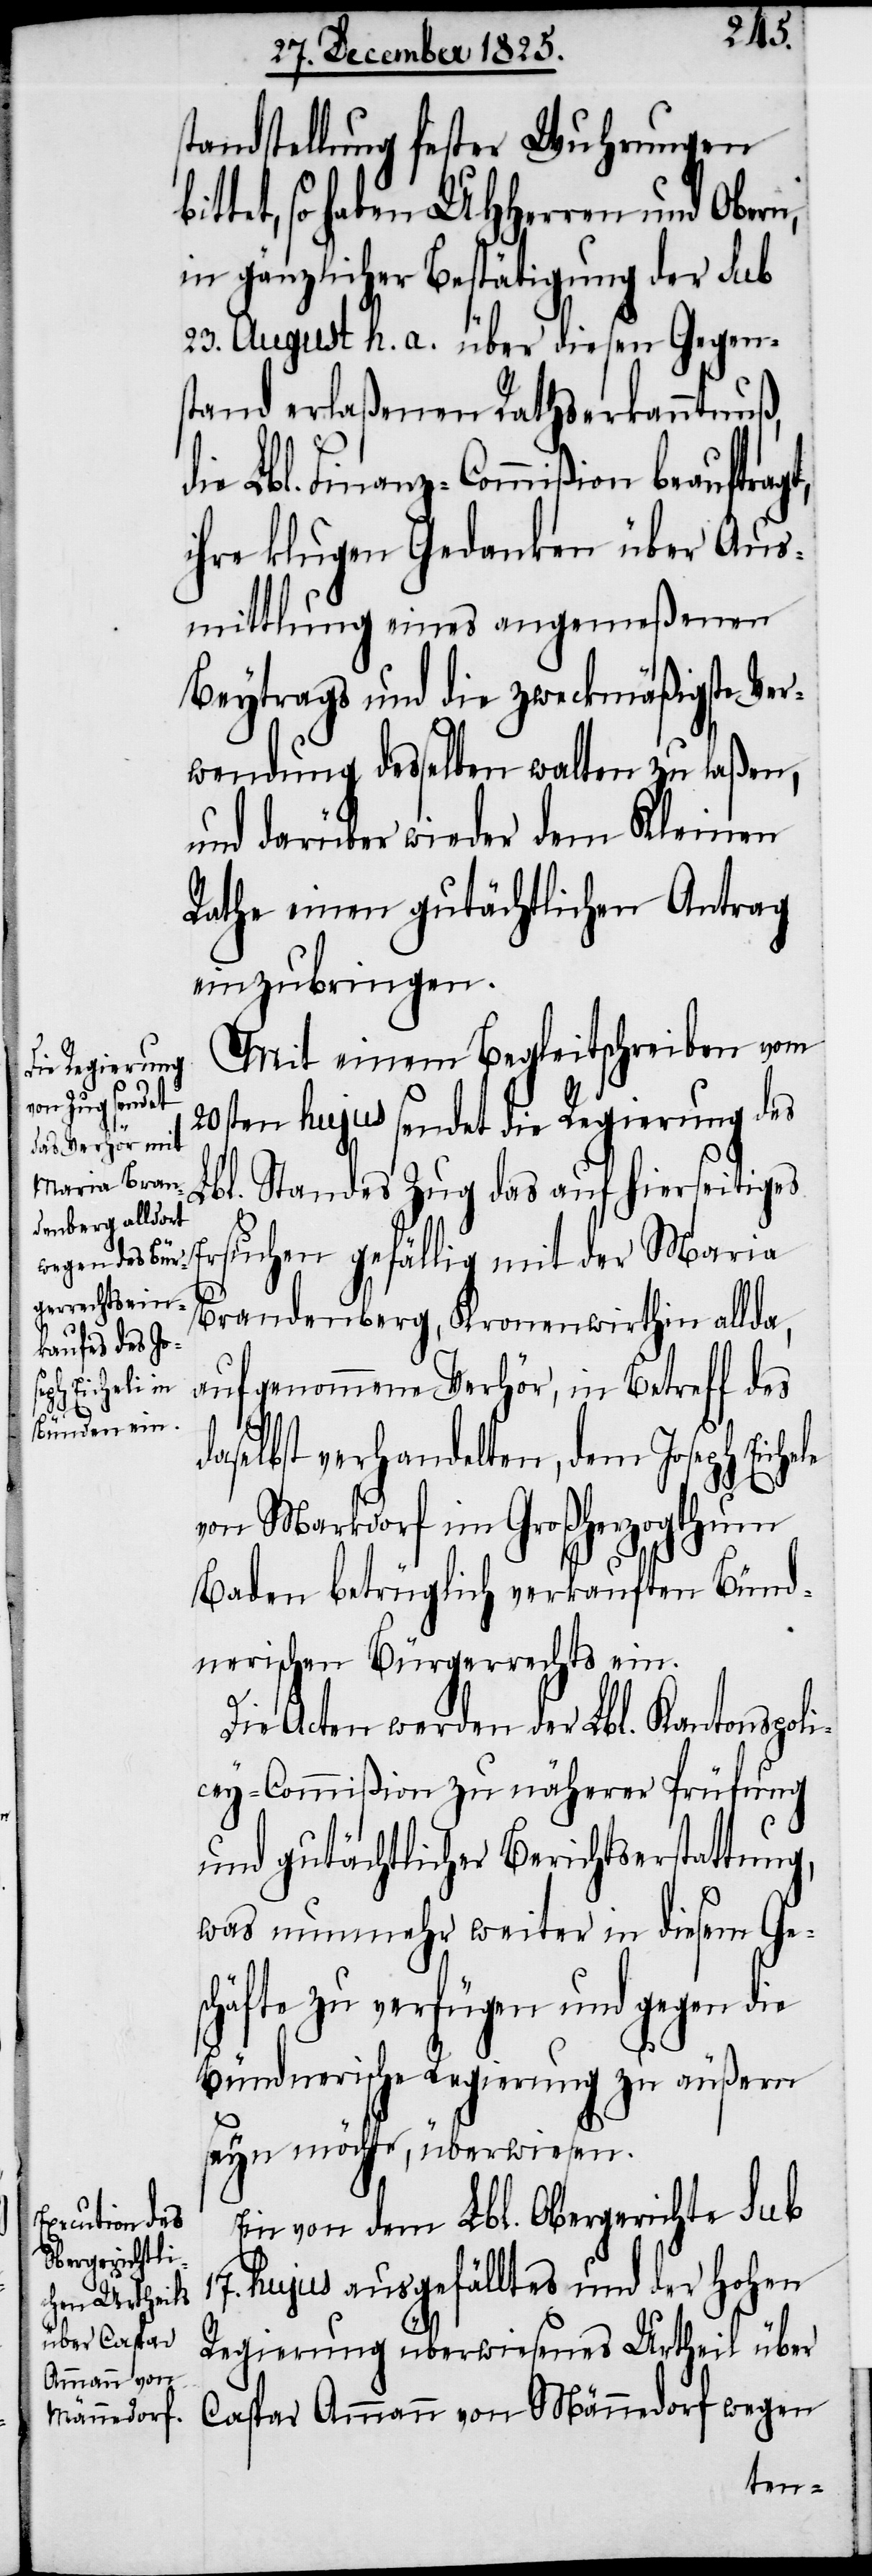
standstellung fester Wuhrungen
ittet, so haben UHHerren und Obern,
in gänzlicher Bestätigung der sub
23. August h. a. über diesen Gegen¬
stand erlaßenen Rathserkanntnuß,
die Lbl. Finanz-Commißion beauftrag¬
ihre klugen Gedanken über Aus¬
mittlung eines angemeßenen
Beytrags und die zweckmäßigste Ver¬
wendung desselben walten zu laßen,
und darüber wieder dem Kleinen
Rathe einen gutächtlichen Antrag
einzubringen.
Mit einem Begleitschreiben vom
20sten hujus sendet die Regierung des
Er¬
Lbl. Standes Zug das auf hierseitiges
suchen gefällig mit der Maria
Brandenberg, Kronenwirthin allda,
aufgenommene Verhör, in Betreff des
daselbst verhandelten, dem Joseph Eichele
von Markdorf im Großherzogthum
Baden betrüglich verkauften Bünd¬
nerischen Bürgerrechts ein.
Die Acten werden der Lbl. Kantonspoli¬
cey-Commißion zu näherer Prüfung
und gutächtlicher Berichtserstattung,
was nunmehr weiter in diesem Ge¬
schäfte zu Verfügung und gegen die
bündnerische Regierung zu äußern
seyn möchte, überwiesen.
Ein von dem Lbl. Obergerichte sub
17. hujus ausgefälltes und der hohen
Regierung überwiesenes Urtheil über
Caspar Ammann von Männedorf wegen